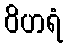
ဝိဟရံ